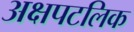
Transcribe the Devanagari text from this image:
अक्षपटलिक